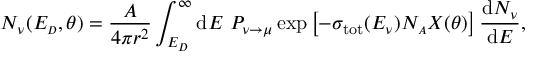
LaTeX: N _ { \nu } ( E _ { \scriptscriptstyle D } , \theta ) = { \frac { A } { 4 \pi r ^ { 2 } } } \int _ { E _ { \scriptscriptstyle D } } ^ { \infty } \mathrm { d } E ~ P _ { \nu \rightarrow \mu } \exp \left[ - \sigma _ { \mathrm { t o t } } ( E _ { \nu } ) N _ { \scriptscriptstyle A } X ( \theta ) \right] { \frac { \mathrm { d } N _ { \nu } } { \mathrm { d } E } } ,